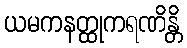
ယမကနတ္ထုကရဏိန္တိ